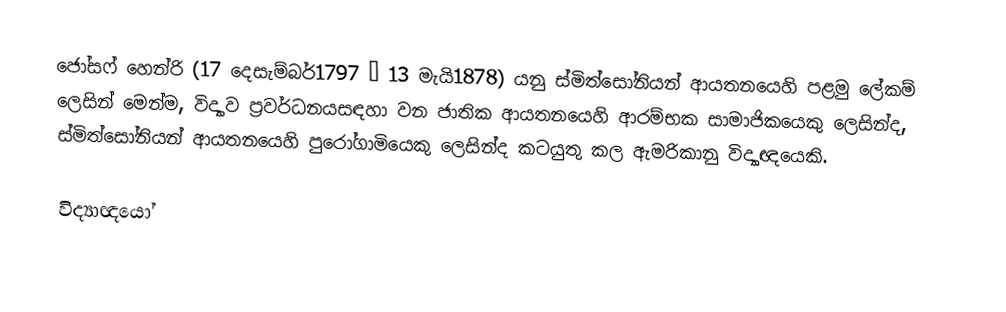
ජෝසෆ් හෙන්රි  (17 දෙසැම්බර්1797 – 13 මැයි1878) යනු ස්මිත්සෝනියන් ආයතනයෙහි පළමු ලේකම් ලෙසින් මෙන්ම,  විද්‍යාව ප්‍රවර්ධනයසඳහා වන ජාතික ආයතනයෙහි ආරම්භක සාමාජිකයෙකු ලෙසින්ද, ස්මිත්සෝනියන් ආයතනයෙහි පුරෝගාමියෙකු ලෙසින්ද කටයුතු කල ඇමරිකානු විද්‍යාඥයෙකි.

විද්‍යාඥයෝ